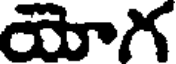
యోగ